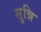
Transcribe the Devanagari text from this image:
सुन्नि